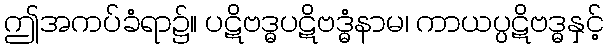
ဤအကပ်ခံရာ၌။ ပဋိဗဒ္ဓပဋိဗဒ္ဓံနာမ၊ ကာယပ္ပဋိဗဒ္ဓနှင့်